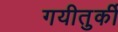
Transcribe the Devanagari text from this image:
गयीतुर्की